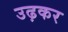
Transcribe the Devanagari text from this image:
उढ़कर